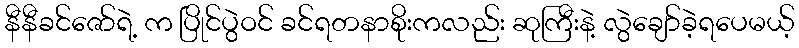
နီနီခင်ဇော်ရဲ့ က ပြိုင်ပွဲဝင် ခင်ရတနာစိုးကလည်း ဆုကြီးနဲ့ လွဲချော်ခဲ့ရပေမယ့်